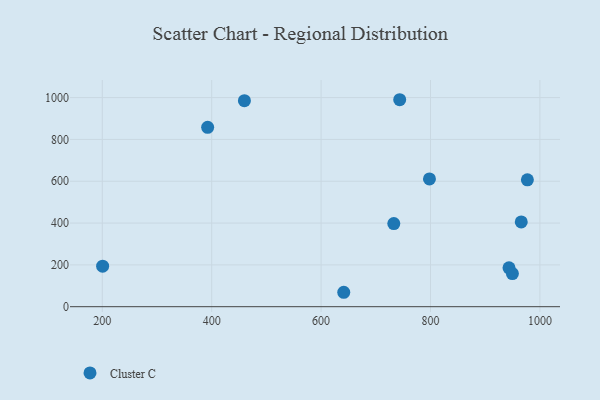
{"axis": {"x": "Ad Spend", "y": "Rating"}, "legend": ["Cluster C"], "data": [{"x": "943.5", "y": 185.9, "type": "Cluster C"}, {"x": "459.8", "y": 985.1, "type": "Cluster C"}, {"x": "949.7", "y": 158.5, "type": "Cluster C"}, {"x": "392.6", "y": 858.0, "type": "Cluster C"}, {"x": "200.6", "y": 193.8, "type": "Cluster C"}, {"x": "965.9", "y": 405.2, "type": "Cluster C"}, {"x": "977.1", "y": 606.7, "type": "Cluster C"}, {"x": "798.1", "y": 610.9, "type": "Cluster C"}, {"x": "641.4", "y": 69.0, "type": "Cluster C"}, {"x": "743.7", "y": 989.8, "type": "Cluster C"}, {"x": "732.9", "y": 397.5, "type": "Cluster C"}]}